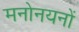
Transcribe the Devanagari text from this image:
मनोनयनों